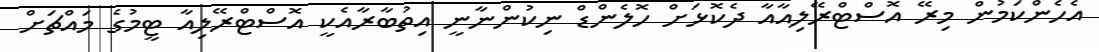
އެހެންކަމުން މިރޭ އޮސްޓްރޭލިއާއާ ދެކޮޅަށް ހޮލެންޑް ނިކުންނާނީ އިތުބާރާއެކީ އޮސްޓްރޭލިއާ ޓީމުގެ މައްޗަށް